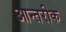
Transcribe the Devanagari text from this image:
आन्तरीक